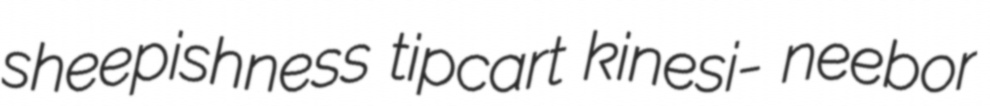
sheepishness tipcart kinesi- neebor